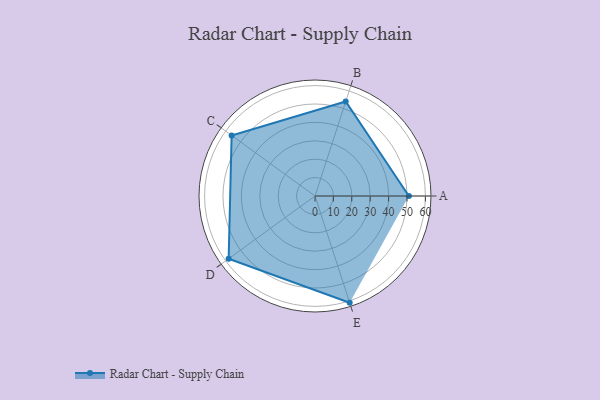
{"axis": {"x": "Skill", "y": "Score"}, "legend": ["Profile"], "data": [{"x": "A", "y": 51.0, "type": "Profile"}, {"x": "B", "y": 54.0, "type": "Profile"}, {"x": "C", "y": 56.0, "type": "Profile"}, {"x": "D", "y": 58.0, "type": "Profile"}, {"x": "E", "y": 61.0, "type": "Profile"}]}